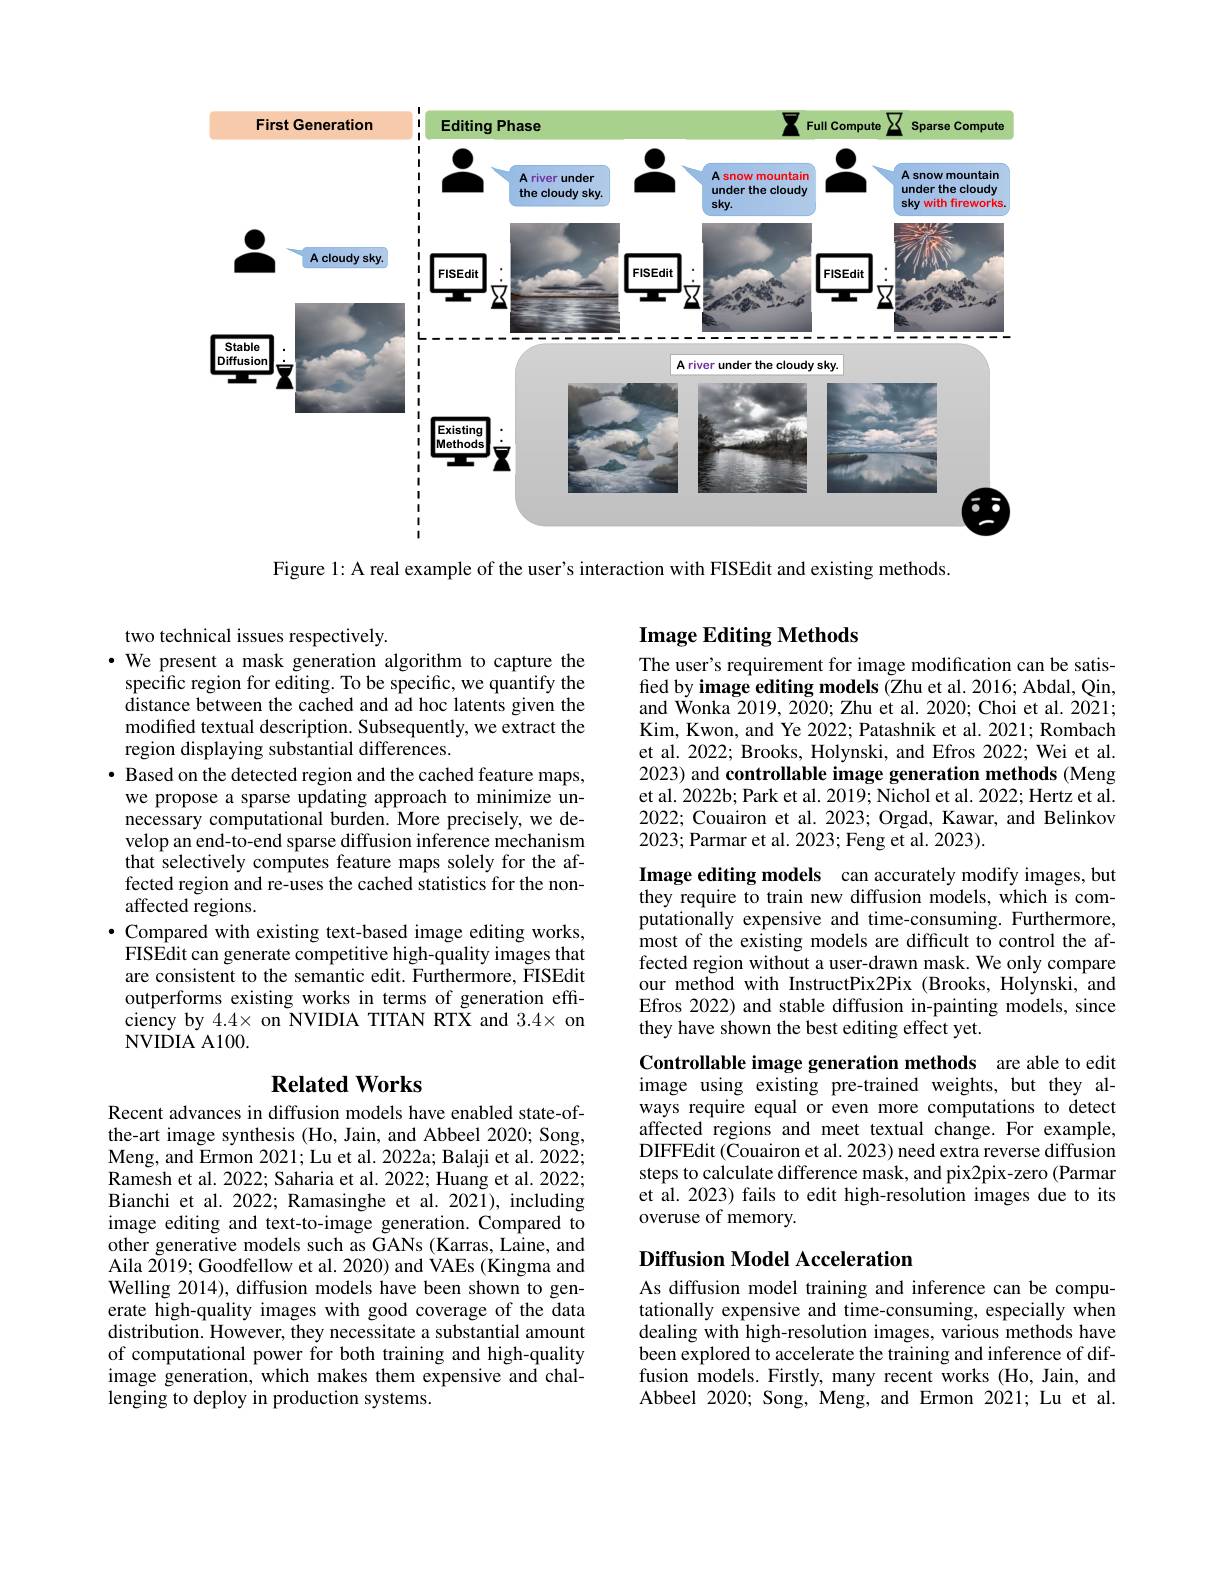
<FigureHere>

Figure 1: A real example of the user's interaction with FISEdit and existing methods.

two technical issues respectively.
· We present a mask generation algorithm to capture the
specific region for editing. To be specific, we quantify the distance between the cached and ad hoc latents given the modified textual description. Subsequently, we extract the region displaying substantial differences.
$\bullet$ Based on the detected region and the cached feature maps,
we propose a sparse updating approach to minimize unnecessary computational burden. More precisely, we develop an end-to-end sparse diffusion inference mechanism that selectively computes feature maps solely for the affected region and re-uses the cached statistics for the nonaffected regions.
$\bullet$ Compared with existing text-based image editing works, $\hat{\text{FISEdit can generate competitive high-quality images that}}$ are consistent to the semantic edit. Furthermore, FISEdit outperforms existing works in terms of generation efficiency by $4.4\times$ on NVIDIA TITAN RTX and $3.4\times$ on NVIDIA A100.

## $\textbf{Related Works}$

Recent advances in diffusion models have enabled state-ofthe-art image synthesis (Ho, Jain, and Abbeel 2020; Song, Meng, and Ermon 2021; Lu et al. 2022a; Balaji et al. 2022; Ramesh et al. 2022; Saharia et al. 2022; Huang et al. 2022; Bianchi et al. 2022; Ramasinghe et al. 2021), including image editing and text-to-image generation. Compared to other generative models such as GANs (Karras, Laine, and Aila 2019; Goodfellow et al. 2020) and VAEs (Kingma and Welling 2014), diffusion models have been shown to generate high-quality images with good coverage of the data distribution. However, they necessitate a substantial amount of computational power for both training and high-quality image generation, which makes them expensive and challenging to deploy in production systems.

## Image Editing Methods

The user's requirement for image modification can be satisfied by image editing models (Zhu et al. 2016; Abdal, Qin, and Wonka 2019, 2020; Zhu et al. 2020; Choi et al. 2021; Kim, Kwon, and Ye 2022; Patashnik et al. 2021; Rombach et al. 2022; Brooks, Holynski, and Efros 2022; Wei et al. 2023) and controllable image generation methods (Meng et al. 2022b; Park et al. 2019; Nichol et al. 2022; Hertz et al. 2022; Couairon et al. 2023; Orgad, Kawar, and Belinkov 2023; Parmar et al. 2023; Feng et al. 2023).

Image editing models can accurately modify images, but they require to train new diffusion models, which is computationally expensive and time-consuming. Furthermore, most of the existing models are difficult to control the affected region without a user-drawn mask. We only compare our method with InstructPix2Pix (Brooks, Holynski, and Efros 2022) and stable diffusion in-painting models, since they have shown the best editing effect yet.

Controllable image generation methods are able to edit image using existing pre-trained weights, but they always require equal or even more computations to detect affected regions and meet textual change. For example, DIFFEdit (Čouairon et al. 2023) need extra reverse diffusion steps to calculate difference mask, and pix2pix-zero (Parmar et al. 2023) fails to edit high-resolution images due to its overuse of memory.

## Diffusion Model Acceleration

As diffusion model training and inference can be computationally expensive and time-consuming, especially when dealing with high-resolution images, various methods have been explored to accelerate the training and inference of diffusion models. Firstly, many recent works (Ho, Jain, and Abbeel 2020; Song, Meng, and Ermon 2021; Lu et al.